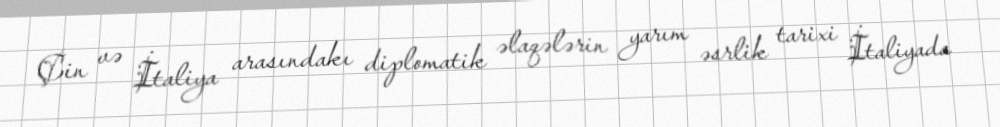
Çin və İtaliya arasındakı diplomatik əlaqələrin yarım əsrlik tarixi İtaliyada